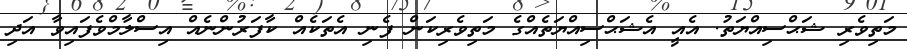
މަތިވެރި ޝަޙްސިއްޔަތު. އެއީ އެޝަޙްސިއްޔަތެއްގެ މަތިވެރިކަން ފެނި އެތަކެއް ކާފަރުންނެއް އިސްލާމްވެފައިވާ އަދި